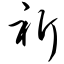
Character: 祈